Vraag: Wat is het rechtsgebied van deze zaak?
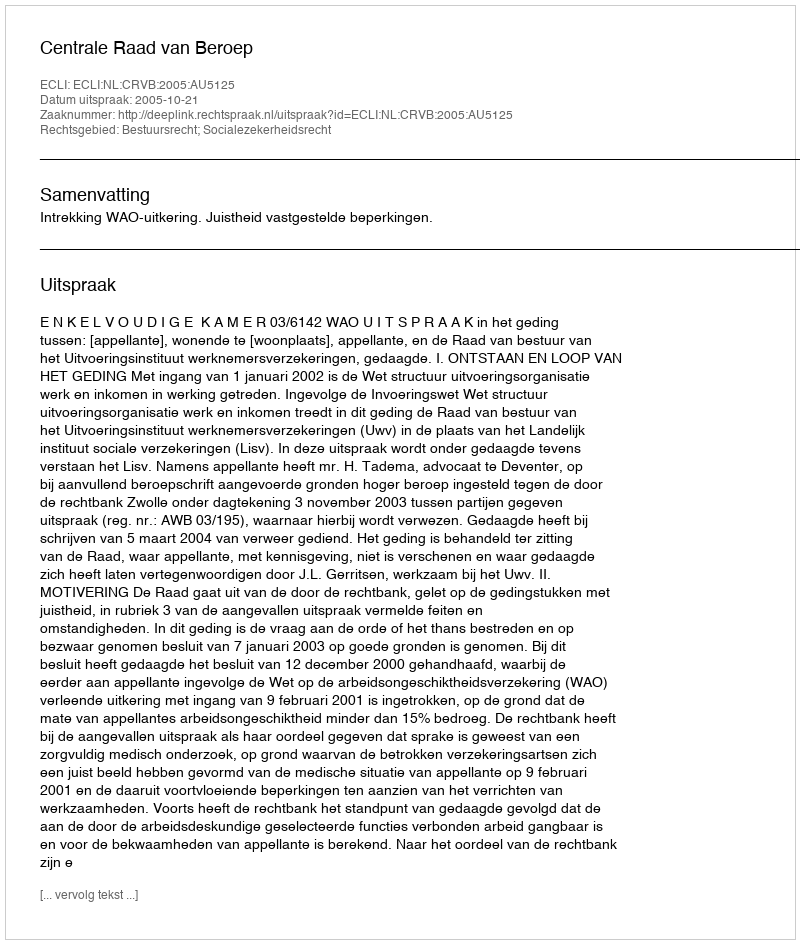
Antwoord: Bestuursrecht; Socialezekerheidsrecht